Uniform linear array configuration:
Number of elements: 16
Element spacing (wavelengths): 0.25
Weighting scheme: cosine
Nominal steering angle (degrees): -15
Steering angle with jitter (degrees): -15.318
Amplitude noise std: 0.05
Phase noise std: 0.05

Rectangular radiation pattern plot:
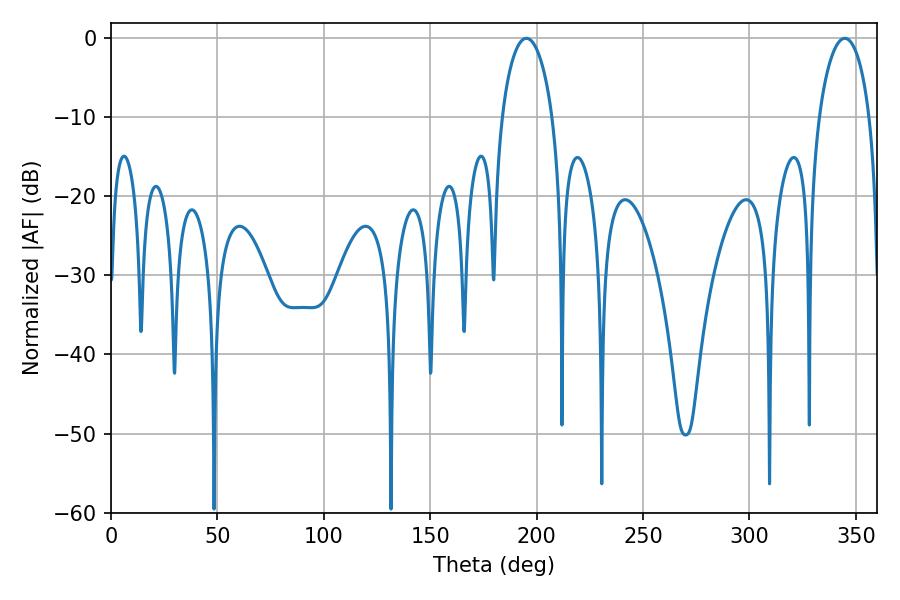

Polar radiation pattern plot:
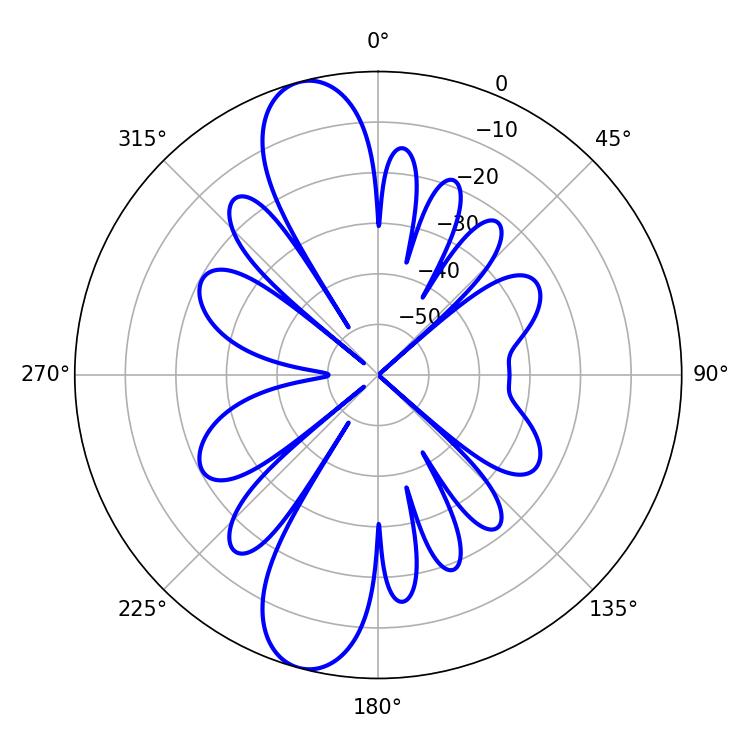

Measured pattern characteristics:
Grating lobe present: FALSE
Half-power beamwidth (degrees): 13.68
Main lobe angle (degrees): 195.12